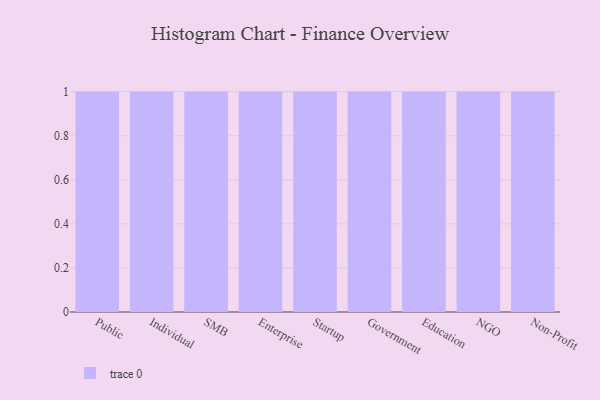
{"axis": {"x": "Segment", "y": "Gross Profit (USD K)"}, "legend": [""], "data": [{"x": "Public", "y": 26, "type": ""}, {"x": "Individual", "y": 96, "type": ""}, {"x": "SMB", "y": 63, "type": ""}, {"x": "Enterprise", "y": 33, "type": ""}, {"x": "Startup", "y": 56, "type": ""}, {"x": "Government", "y": 26, "type": ""}, {"x": "Education", "y": 70, "type": ""}, {"x": "NGO", "y": 35, "type": ""}, {"x": "Non-Profit", "y": 31, "type": ""}]}